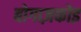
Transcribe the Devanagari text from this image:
बोगाज़कोइ